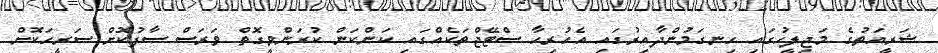
ޝަރީއަތުގެ މަޖިލީހުގައި ހިނގަމުންދާއިރުގައި އެހުރިހާ ސްޓޭޖްތަކެއްގައި ކަންކަން ކުރަންވީގޮތް ވަރަސް ސާފުކޮށް ސަރީހަކޮށް